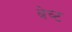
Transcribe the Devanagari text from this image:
बेच्ट